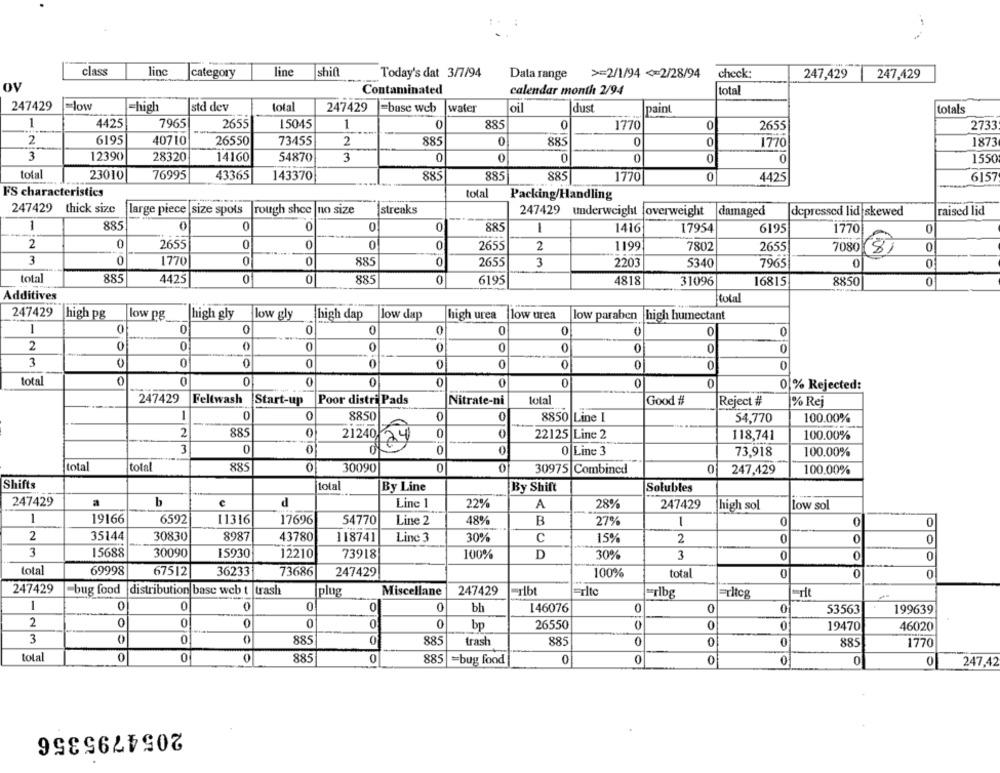
class
linc
category
line
shif
Today's dat 3/7/94
Data range
>=2/1/94 <= 2/28/94
check:
247,429
247,429
ov
Contaminated
calendar month 2/94
total
247429
=low
=high
std dev
total
247429
=base web
water
dust
paint
totals
oil
1
4425
7965
2655
15045
1
0
885
0
0
1770
2655
2733
2
6195
40710
26550
73455
2
885
0
885
0
1770
1873
3
12390
28320
14160
54870
3
0
0
0
0
0
1550
total
23010
76995
43365
143370
885
885
885
1770
0
4425
6157
FS characteristics
total
Packing/Handling
247429
thick size
large piece |size spots
rough shce
no size
streaks
247429
underweight |overweight
damaged
depressed lid skewed
raised lid
1
885
0
0
0
885
1
1416
17954
6195
1770
0
2
2655
0
0
0
0
2655
2
1199
7802
2655
7080
0
8
3
0
1770
0
885
2655
3
2203
5340
7965
0
0
total
885
0
0
0
4425
885
6195
4818
31096
16815
8850
0
Additives
total
247429
high pg
low pg
high gly
low gly
high dap
low dap
high urea
low urea
low paraben
high humectant
1
0
0
0
0
0
0
0
0
0
2
0
0
0
0
0
0
0
3
0
0
0
0
0
0
0
total
0
0
0
0
0
0
0
10
0 % Rejected:
247429
Feltwash
Start-up
Poor distri Pads
Nitrate-ni
total
Good #
Reject #
% Rej
1
0
8850
0
0
54,770
100.00%
-
8850 Line 1
2
885
0
21240
0
24
22125 Line 2
118,741
100.00%
3
0
0
0
0
O
0 Line 3
73,918
100.00%
total
tota
885
0
30090
0
30975 Combined
0
247,429
100.00%
Shifts
total
By Line
By Shift
Solubles
247429
b
d
Line
22%
A
28%
247429
high sol
low sol
1
19166
6592
11316
17696
54770
Line 2
48%
B
27%
1
0
0
0
2
35144
30830
8987
43780
118741
Line 3
30%
C
15%
2
0
0
3
15688
30090
15930
12210
73918
100%
D
30%
3
0
0
0
total
69998
67512
36233
73686
247429
100%
total
0
0
247429
bug food |distribution base web t trash
plug
Miscellane
247429
-ribt
=rito
-ribg
=rltcg
1
0
0
0
0
0
bh
146076
0
0
53563
199639
2
0
0
0
0
0
bp
26550
0
0
19470
46020
3
0
885
0
885
trash
885
0
0
0
885
1770
total
0
0
0
885
885
=bug food
0
0
0
0
0
247,42
2054795356